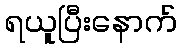
ရယူပြီးနောက်